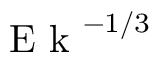
\textrm { E k } ^ { - 1 / 3 }